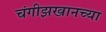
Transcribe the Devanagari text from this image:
चंगीझखानच्या